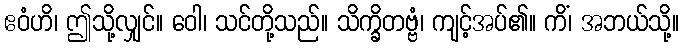
ဧဝံဟိ၊ ဤသို့လျှင်။ ဝေါ၊ သင်တို့သည်။ သိက္ခိတဗ္ဗံ၊ ကျင့်အပ်၏။ ကိံ၊ အဘယ်သို့။